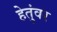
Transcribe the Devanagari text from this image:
हेतुंवर